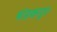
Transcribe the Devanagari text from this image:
भंडकपुर